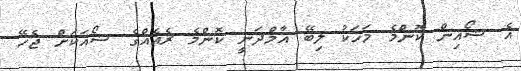
އެ ޝޯއިން ކޮންމެ މަހަކު ލިބޭ އާމްދަނީ ކޮންމެ ރެއެއްގެ ޝޯއަކަށް ޖެހޭ